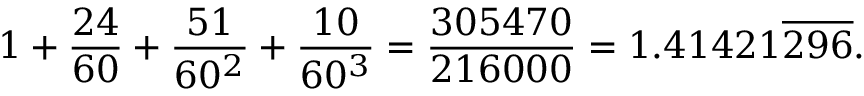
1 + { \frac { 2 4 } { 6 0 } } + { \frac { 5 1 } { 6 0 ^ { 2 } } } + { \frac { 1 0 } { 6 0 ^ { 3 } } } = { \frac { 3 0 5 4 7 0 } { 2 1 6 0 0 0 } } = 1 . 4 1 4 2 1 { \overline { { 2 9 6 } } } .